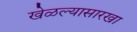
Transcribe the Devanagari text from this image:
खेळल्यासारखा